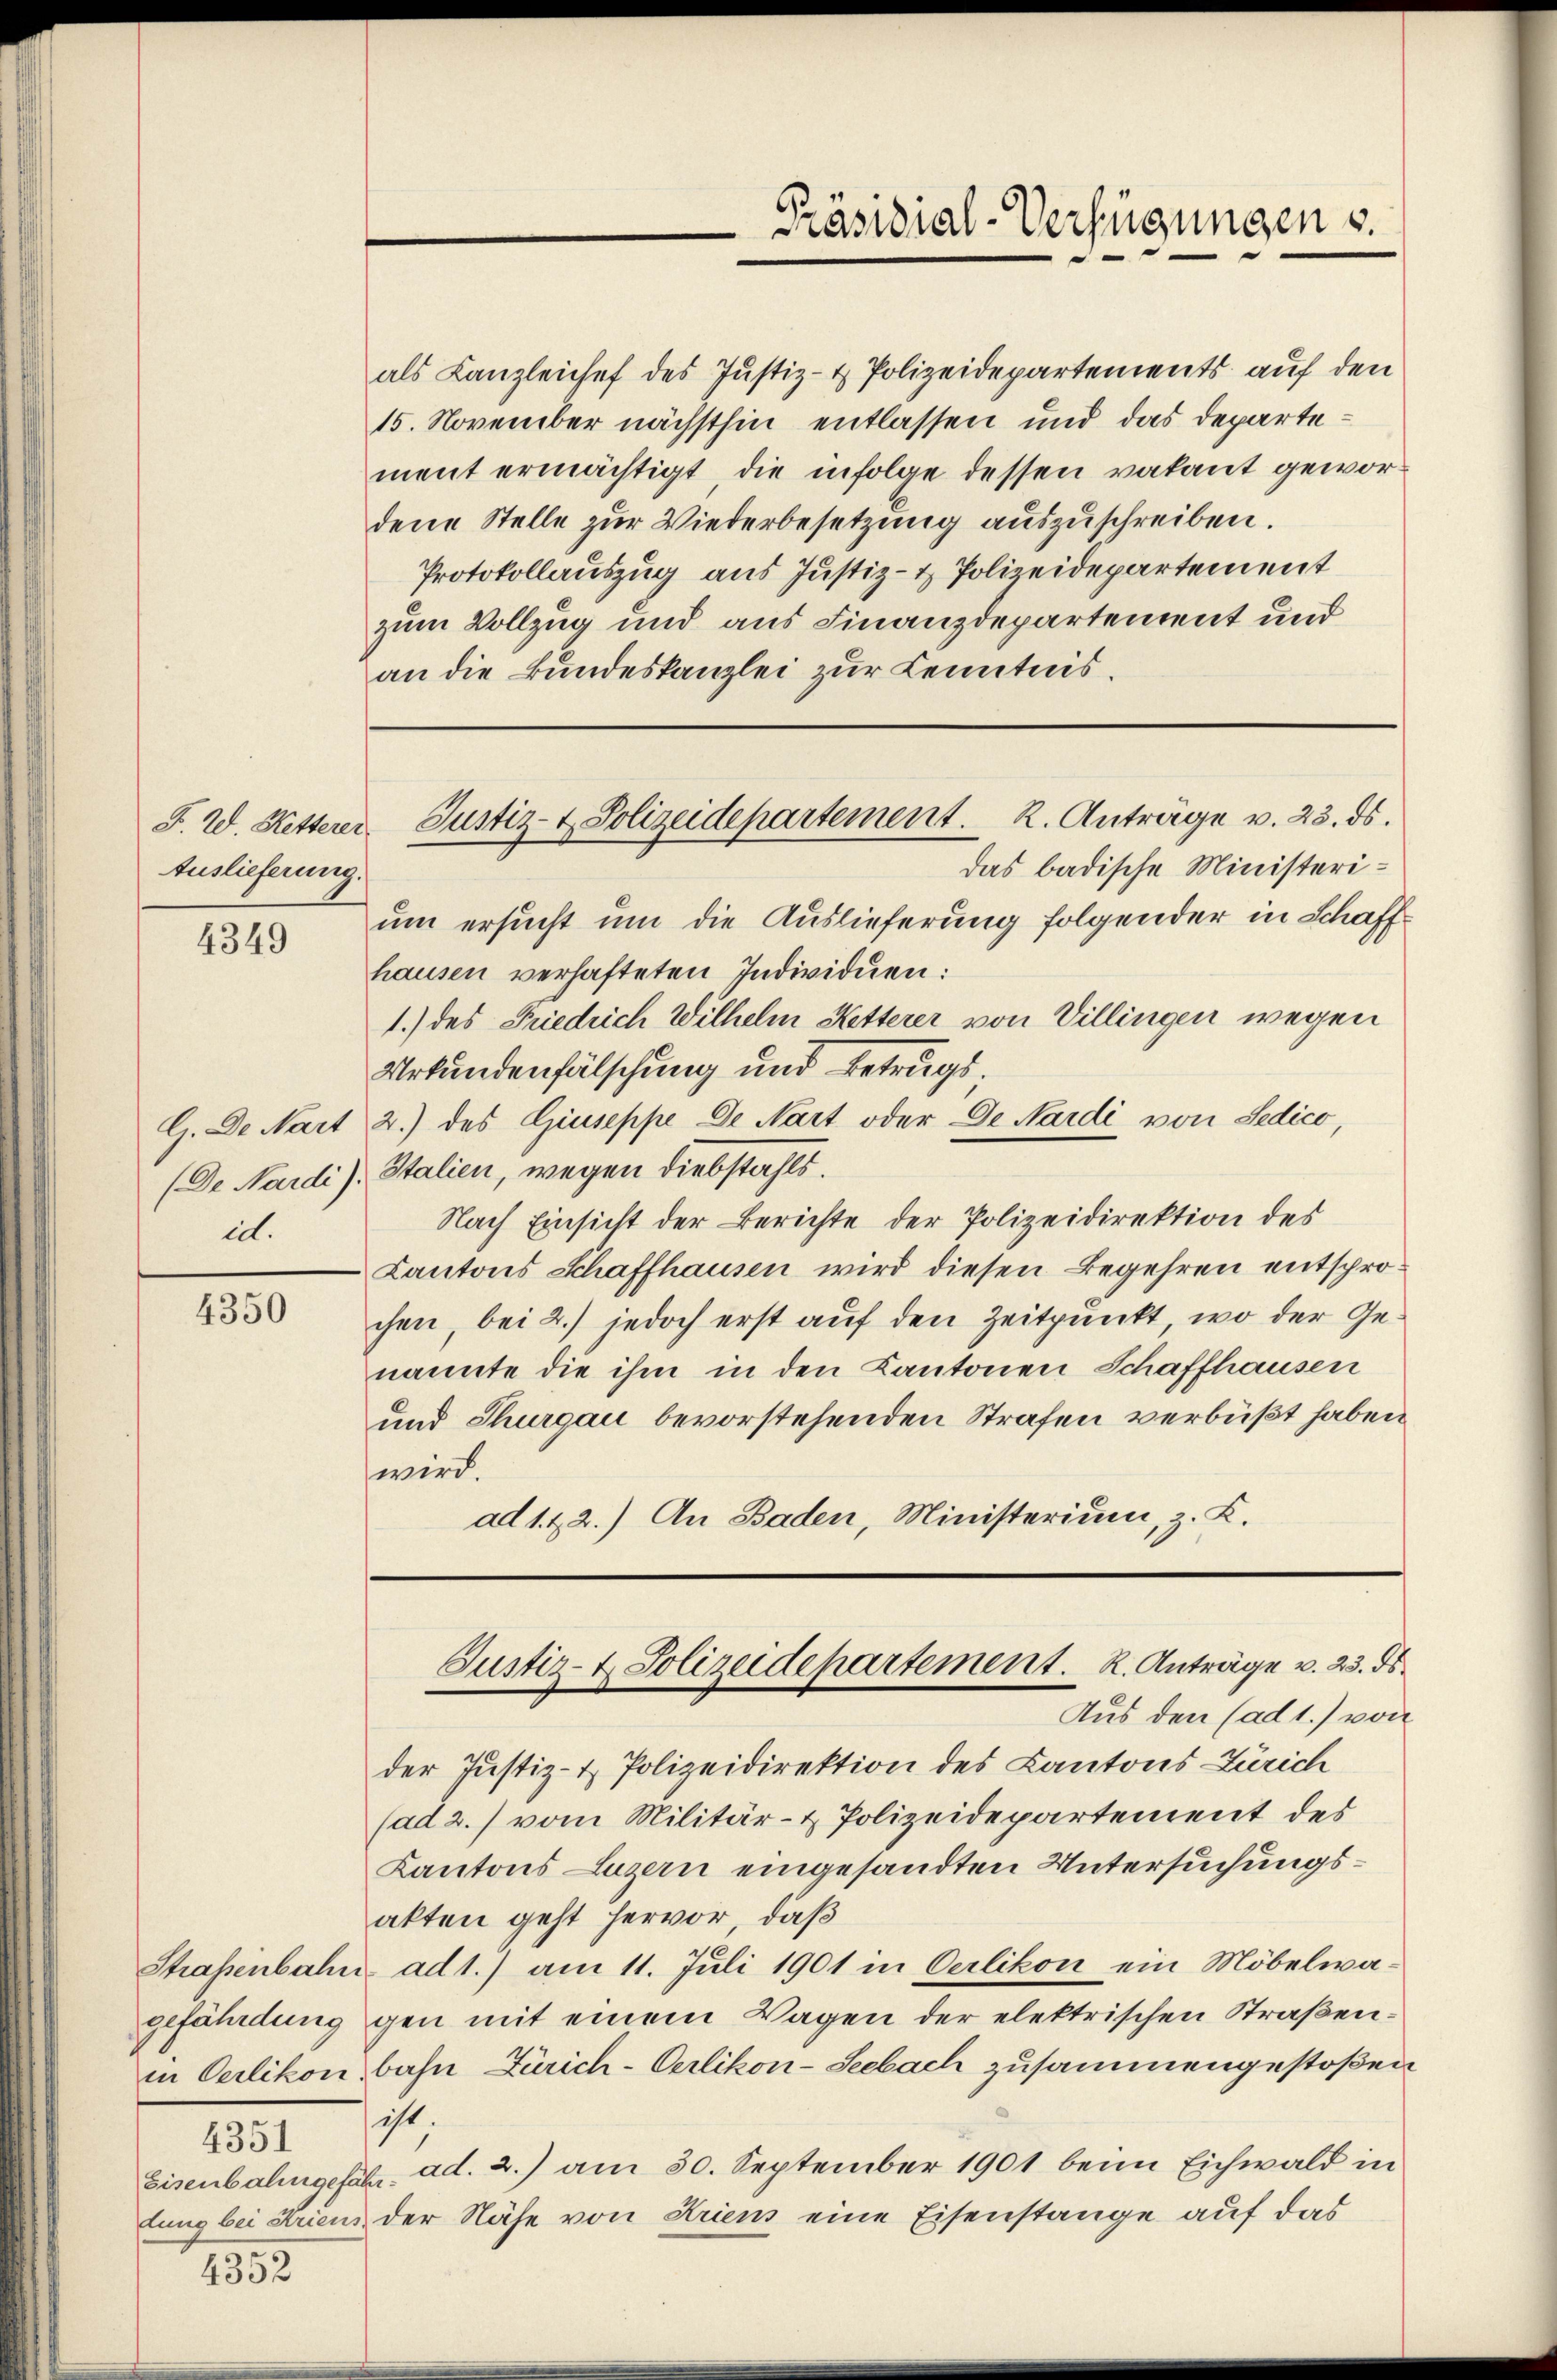
Auslieferung.

4349

G. De Nart
(De Nardi)
i.

4350

Strassenbahn
4351

4352

als Kanzleichef des Justiz- & Polizeidepartements auf den
15. November nächsthin entlassen und das Departement ermächtigt, die infolge dessen vakant gewordene Stelle zur Wiederbesetzung auszuschreiben.
Protokollauszug aus Justiz- & Polizeidepartement
zum Vollzug und aus Finanzdepartement und
an die Bundeskanzlei zur Kenntnis.

F. W. Hetterer Justiz- & Polizeidepartement. K. Anträge v. 23. ds.

Präsidial-Verfügungen s.

das badische Ministerium ersucht um die Auslieferung folgender in Schaffhausen verhafteten Individuen:
1.) des Friedrich Wilhelm Ketterer von Villingen wegen
Urkundenfälschung und Betrugs;
2.) des Giuseppe de Nart oder De Nardi von Ledico,
Italien, wegen Diebstahls.
Nach Einsicht der Berichte der Polizeidirektion des
Kantons Schaffhausen wird diesen Begehren entsprochen, bei 2.) jedoch erst auf den Zeitpunkt, wo der Genannte die ihm in den Kantonen Schaffhausen
und Thurgau bevorstehenden Strafen verbüßt haben
wird.
ad 1. & 2.) An Baden, Ministerium, z. K.

der Justiz- & Polizeidirektion des Kantons Zürich
(ad 2.) vom Militär- & Polizeidepartement des
Kantons Luzern eingesandten Untersuchungsakten geht hervor, daß
ad1.) am 11. Juli 1901 in Oerlikon ein Möbelwagefährdung gen mit einem Wagen der elektrischen Straßenin Oerlikon bahn Zürich-Oerlikon-Seebach zusammengestoßen
ist
Eisenbahngefähr. ad. 2.) am 30. September 1901 beim Eichwald in
lung bei Kriens der Nähe von Kriens eine Eisenstange auf das

Justiz- & Polizeidepartement. K. Anträge v. 23. ds.
Aus den (ad 1.) von